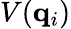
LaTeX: V(\mathbf{q}_{i})